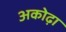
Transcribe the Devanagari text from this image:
अकोढ़ा